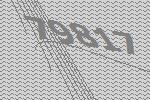
79817